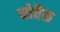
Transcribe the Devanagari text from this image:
नोवैक